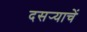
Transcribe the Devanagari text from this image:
दसर्‍याचें